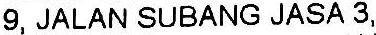
9, JALAN SUBANG JASA 3,